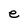
Character: e